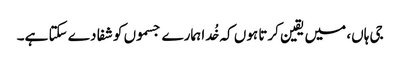
جی ہاں، میں یقین کرتا ہوں کہ خُدا ہمارے جسموں کو شفا دے سکتا ہے۔